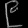
Digit: ၉